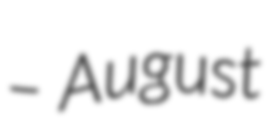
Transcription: – August